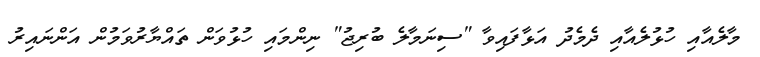
މާލެއާއި ހުޅުލެއާއި ދެމެދު އަޅާފައިވާ "ސިނަމާލެ ބުރިޖު" ނިންމައި ހުޅުވަން ތައްޔާރުވަމުން އަންނައިރު